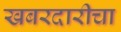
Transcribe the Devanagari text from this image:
खबरदारीचा